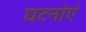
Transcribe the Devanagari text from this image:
घटनांएं